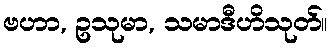
ဗဟာ, ဥသုမာ, သမာဒီဟိသုတ်။